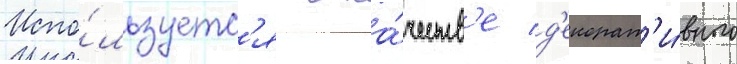
Испо́льзуетс'я в ка́честв'е д'екорат'и́вного